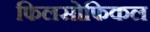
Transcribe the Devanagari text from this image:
फिलसोफिकल